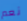
نعم